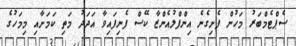
ސެޕްޓެމްބަރު މަހުން ފެށިގެނެ އިންފްލުއެންޒާ ކޭސް ފެނިފައިވާ އަދަދު މަތި ކަމަށާއި މިމަހުގެ